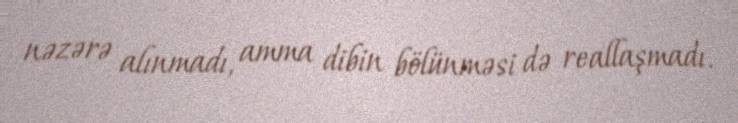
nəzərə alınmadı, amma dibin bölünməsi də reallaşmadı.